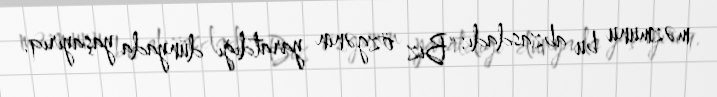
məzmunu bu abzasdadı: “Biz özgənin yaratdığı dünyada yaşayırıq.